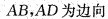
AB，AD为边向